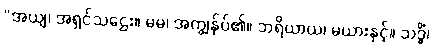
“အယျ၊ အရှင်သဌေး။ မမ၊ အကျွန်ုပ်၏။ ဘရိယာယ၊ မယားနှင့်။ သဒ္ဓိံ၊